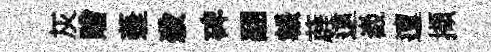
灰贈蓬殺碑翮韔薜遠嶻邅擷